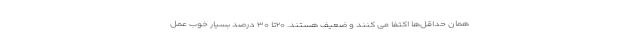
همان حداقل‌ها اکتفا می کنند و ضعیف هستند. ۲۰تا ۳۰ درصد بسیار خوب عمل